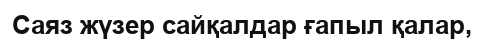
Саяз жүзер сайқалдар ғапыл қалар,